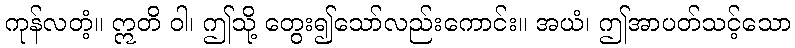
ကုန်လတံ့။ ဣတိ ဝါ၊ ဤသို့ တွေး၍သော်လည်းကောင်း။ အယံ၊ ဤအာပတ်သင့်သော